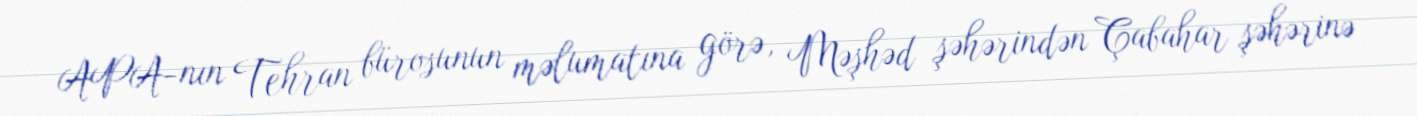
APA-nın Tehran bürosunun məlumatına görə, Məşhəd şəhərindən Çabahar şəhərinə